Assam Mental Hospital (Tezpur, India) - 1933-1948
Year: 1933
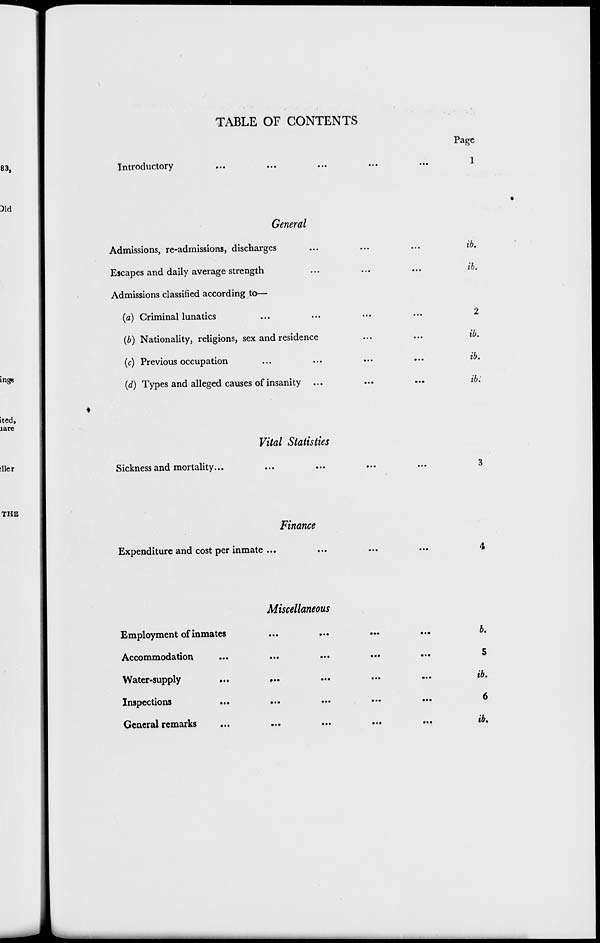
TABLE OF CONTENTS
Introductory ... ... ... ... ...
Page
1
General
Admissions, re-admissions, discharges ... ... ...
Escapes and daily average strength ... ... ...
Admissions classified according to—
(a) Criminal lunatics ... ... ... ...
(b) Nationality, religions, sex and residence ... ...
(c) Previous occupation ... ... ... ...
(d) Types and alleged causes of insanity ... ...
ib.
ib.
2
ib.
ib.
ib.
Vital Statisties
Sickness and mortality... ... ... ... ...
3
Finance
Expenditure and cost per inmate ... ... ... ...
4
Miscellaneous
Employment of inmates ... ... ... ...
Accommodation
... ... ... ...
...
Water-supply
... ... ... ... ...
Inspections
...
...
...
...
...
General remarks ... ... ... ... ...
b.
5
ib.
6
ib.